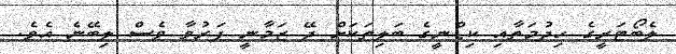
ލެބޯޓަރީގެ ހިދުމަތާއި ކިޑްނީގެ ބަލިތަކަށް ދޭ ޒަމާނީ ފަރުވާ ވެސް ލިބޭނެ އެވެ.